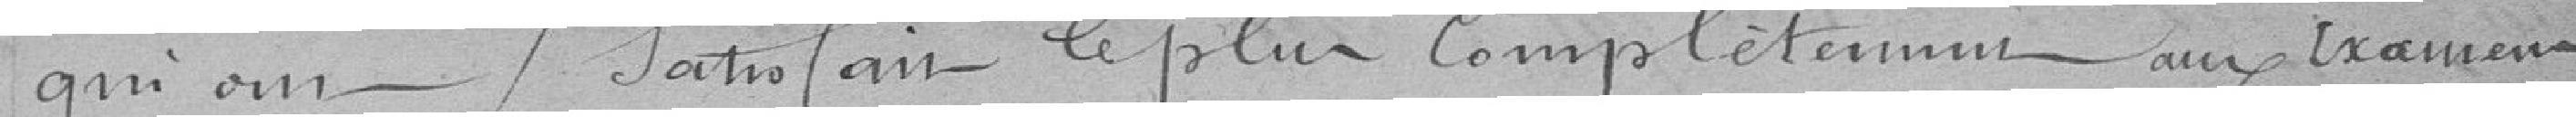
qui au Jatofais le plus Completeuun amp Examens